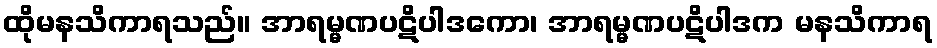
ထိုမနသိကာရသည်။ အာရမ္မဏပဋိပါဒကော၊ အာရမ္မဏပဋိပါဒက မနသိကာရ